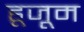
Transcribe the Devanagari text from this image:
हूजूम